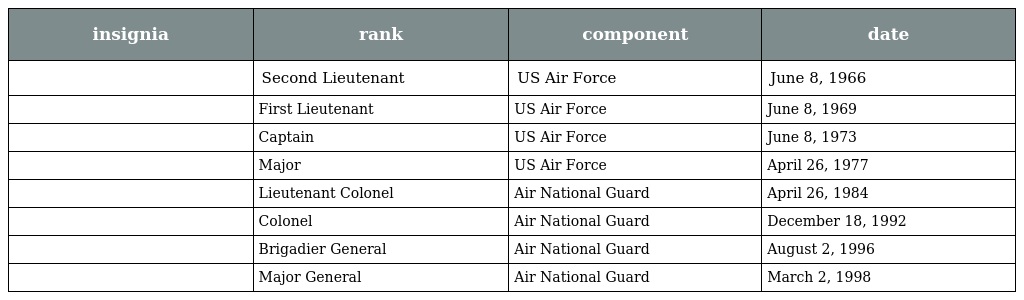
| insignia | rank | component | date |
 | --- | --- | --- | --- |
 |  | Second Lieutenant | US Air Force | June 8, 1966 |
 |  | First Lieutenant | US Air Force | June 8, 1969 |
 |  | Captain | US Air Force | June 8, 1973 |
 |  | Major | US Air Force | April 26, 1977 |
 |  | Lieutenant Colonel | Air National Guard | April 26, 1984 |
 |  | Colonel | Air National Guard | December 18, 1992 |
 |  | Brigadier General | Air National Guard | August 2, 1996 |
 |  | Major General | Air National Guard | March 2, 1998 |